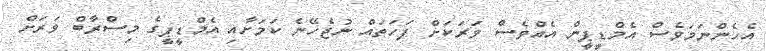
އެހެންނަމަވެސް އެމްޑީޕީން އެއްވެސް ވަރަކަށް ފަހަތައް ނުޖެހޭނެ ކަމަށާއި އެމްޑީޕީގެ މިސްރާބް ވަރަށް